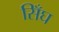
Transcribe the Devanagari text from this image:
सिँघ